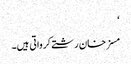
‘
مسز خان رشتے کرواتی ہیں۔